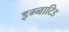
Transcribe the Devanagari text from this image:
इग्नाटिड